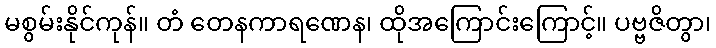
မစွမ်းနိုင်ကုန်။ တံ တေနကာရဏေန၊ ထိုအကြောင်းကြောင့်။ ပဗ္ဗဇိတွာ၊